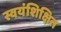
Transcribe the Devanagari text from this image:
स्वयंशिक्षित